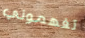
تفهموني